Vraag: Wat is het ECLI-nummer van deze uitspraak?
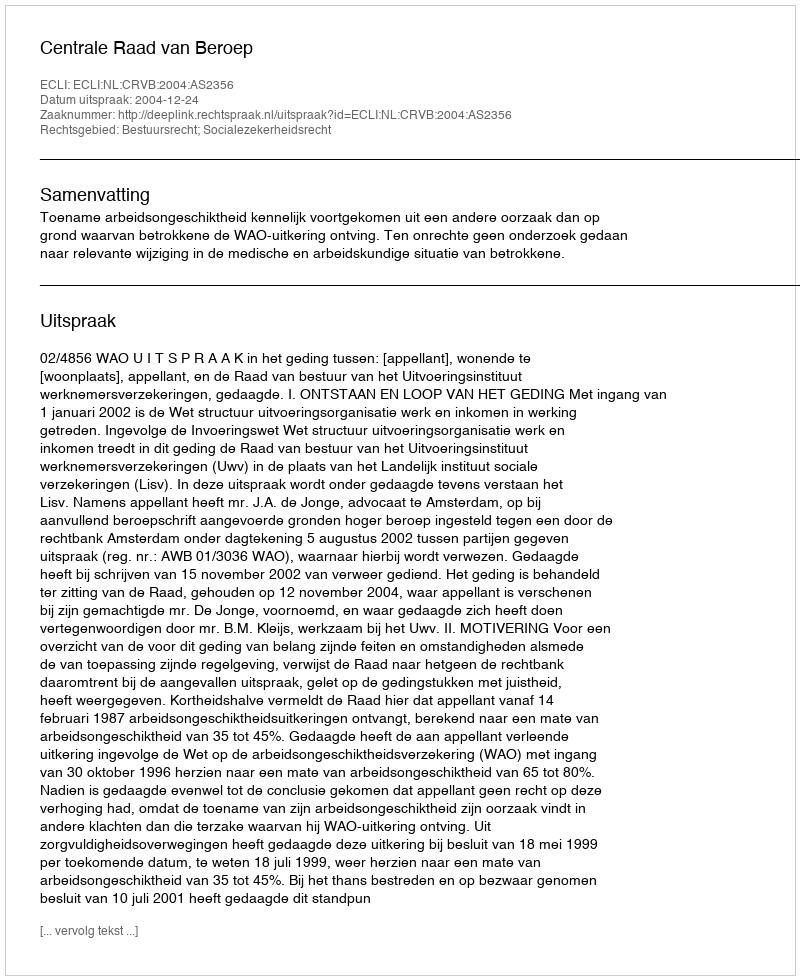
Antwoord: ECLI:NL:CRVB:2004:AS2356